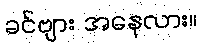
ခင်ဗျား အနေလား။